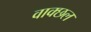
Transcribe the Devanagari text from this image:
वाक्छल